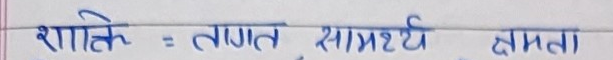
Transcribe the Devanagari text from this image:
शक्ति : ताकत, सामर्थ्य, क्षमता